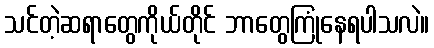
သင်တဲ့ဆရာတွေကိုယ်တိုင် ဘာတွေကြုံနေရပါသလဲ။